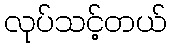
လုပ်သင့်တယ်